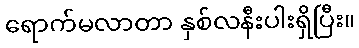
ရောက်မလာတာ နှစ်လနီးပါးရှိပြီး။